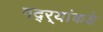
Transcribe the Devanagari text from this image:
गद्र्‍यांकडे